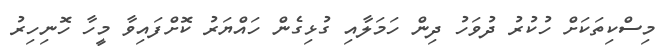
މިސްކިތަކަށް ހުކުރު ދުވަހު ދިން ހަމަލާއި ގުޅިގެން ހައްޔަރު ކޮށްފައިވާ މީހާ ހޮނިހިރު